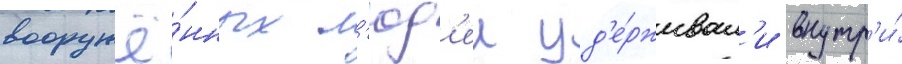
вооружё́нных л'юд'еи уд'е́рживал'и внутр'и́